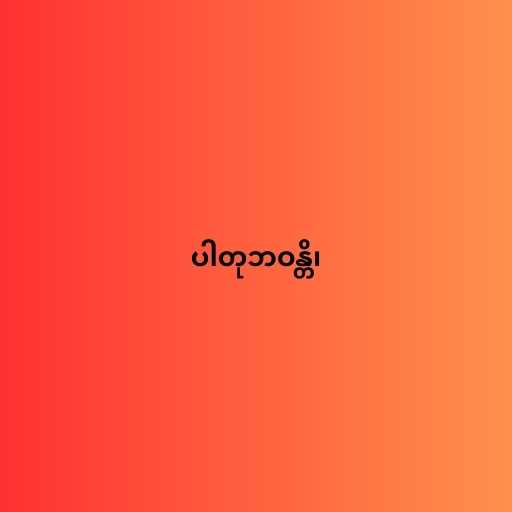
ပါတုဘဝန္တိ၊